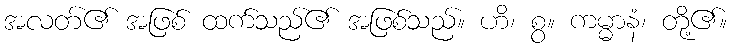
အလတ်၏ အဖြစ် ထက်သည်၏ အဖြစ်သည်။ ဟိ၊ စွ။ ကမ္မာနံ၊ တို့၏။